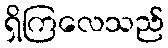
ရှိကြလေသည်